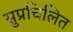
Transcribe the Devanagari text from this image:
सुप्रचिलित